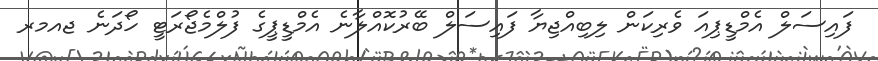
ފައިސަލް އެމްޑީޕިއަ ވެރިކަން ލިބިއްޖިޔާ ފައިސަލް ބޭރުކޮއްލާނެ އެމްޑީޕީގެ ފުލްމެޖޯރަޓީ ހޯދަނެ ޖއމރ